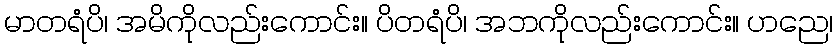
မာတရံပိ၊ အမိကိုလည်းကောင်း။ ပိတရံပိ၊ အဘကိုလည်းကောင်း။ ဟညေ၊